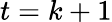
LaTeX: t=k+1